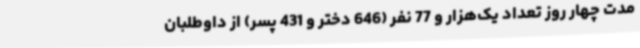
مدت چهار روز تعداد یک‌هزار و 77 نفر (646 دختر و 431 پسر) از داوطلبان